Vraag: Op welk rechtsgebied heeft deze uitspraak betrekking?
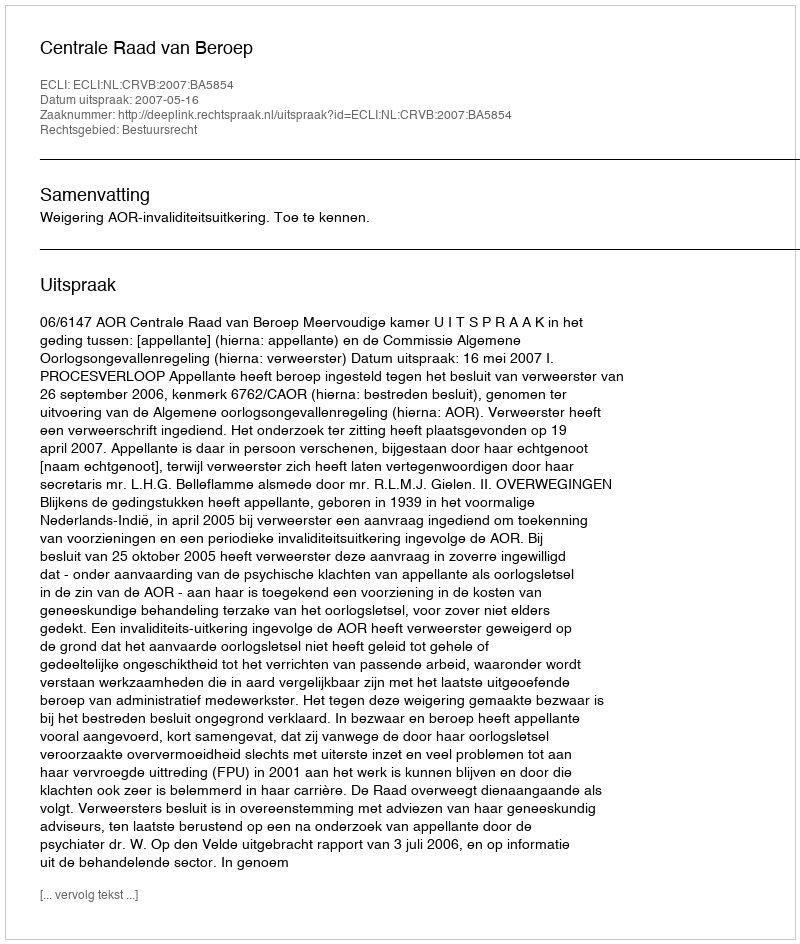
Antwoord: Bestuursrecht